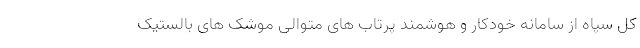
کل سپاه از سامانه خودکار و هوشمند پرتاب های متوالی موشک های بالستیک